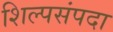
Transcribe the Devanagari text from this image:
शिल्पसंपदा